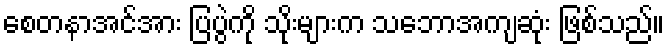
စေတနာအင်အား ပြပွဲကို သိုးများက သဘောအကျဆုံး ဖြစ်သည်။